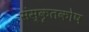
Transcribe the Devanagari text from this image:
संस्कृतकाेष